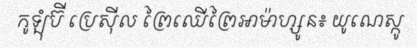
កូឡុំប៊ី ប្រេស៊ីល ព្រៃឈើព្រៃអាម៉ាហ្សូន៖ យូណេស្កូ